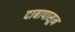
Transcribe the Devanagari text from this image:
दाबापासून